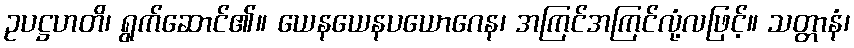
ဥပဋ္ဌဟတိ၊ ရွက်ဆောင်၏။ ယေနယေနပယောဂေန၊ အကြင်အကြင်လုံ့လဖြင့်။ သတ္တာနံ၊